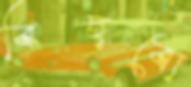
বিছবো